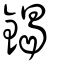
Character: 鍻